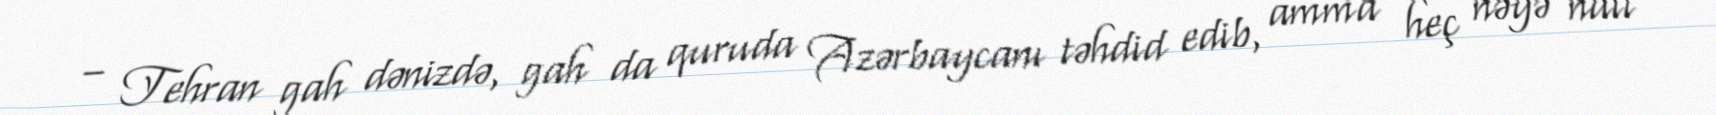
– Tehran gah dənizdə, gah da quruda Azərbaycanı təhdid edib, amma heç nəyə nail